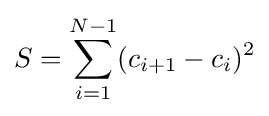
S=\sum _{i=1}^{N-1}(c_{i+1}-c_{i})^{2}